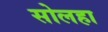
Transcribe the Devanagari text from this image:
सोलहा